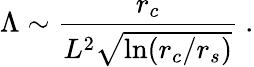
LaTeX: \Lambda\sim\frac{r_{c}}{L^{2}\sqrt{\ln(r_{c}/r_{s})}}\ .